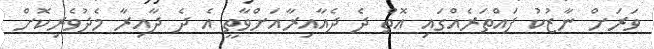
ވަރަށް ނާޒުކު ފައްތަރެއްގައި އޮތް ދެ ދެއާއިރާއަށްވާތީ އެ ދެ ދާއިރާ މެދުވެރިކޮށް